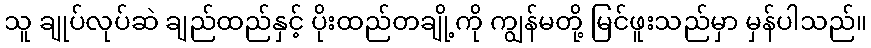
သူ ချုပ်လုပ်ဆဲ ချည်ထည်နှင့် ပိုးထည်တချို့ကို ကျွန်မတို့ မြင်ဖူးသည်မှာ မှန်ပါသည်။